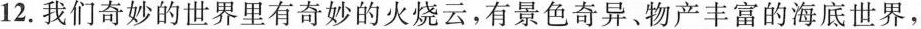
12.我们奇妙的世界里有奇妙的火烧云，有景色奇异、物产丰富的海底世界，